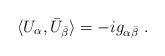
LaTeX: \begin{align*}\langle U_{\alpha},\bar U_{\bar \beta}\rangle =-ig_{\alpha\bar \beta} \ . \end{align*}